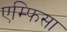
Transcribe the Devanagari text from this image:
एम्फिसा